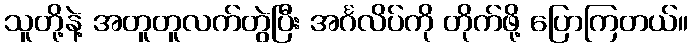
သူတို့နဲ့ အတူတူလက်တွဲပြီး အင်္ဂလိပ်ကို တိုက်ဖို့ ပြောကြတယ်။